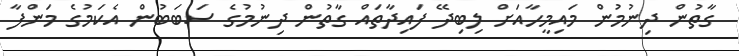
ގާތުން ދިނުމުން މައިމީހާއަށް ލިބިދޭ ފައިދާތައް ގާތުން ދިނުމުގެ ސަބަބުން އެކަމުގެ މަންފާ